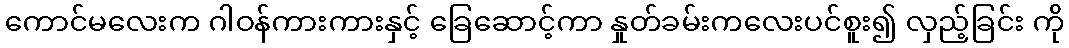
ကောင်မလေးက ဂါဝန်ကားကားနှင့် ခြေဆောင့်ကာ နှုတ်ခမ်းကလေးပင်စူး၍ လှည့်ခြင်း ကို